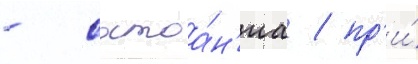
- состоа́н'иа / пр'и́